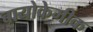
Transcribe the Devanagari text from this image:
बायोकेमीक